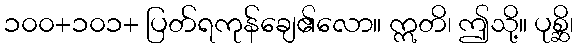
၁၀၀+၁၀၁+ ပြတ်ရကုန်ချေ၏လော။ ဣတိ၊ ဤသို့။ ပုစ္ဆိ၊